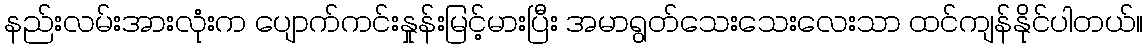
နည်းလမ်းအားလုံးက ပျောက်ကင်းနှုန်းမြင့်မားပြီး အမာရွတ်သေးသေးလေးသာ ထင်ကျန်နိုင်ပါတယ်။